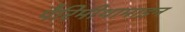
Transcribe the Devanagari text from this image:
पैरिमीथामाइन